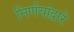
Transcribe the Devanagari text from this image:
निर्णयांद्वारे